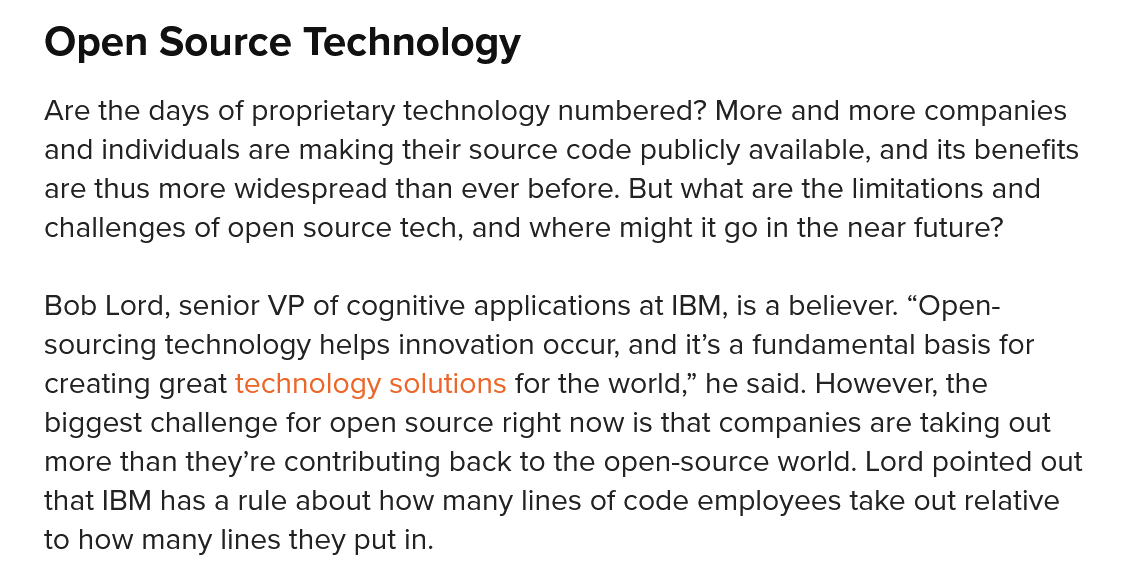
Open   Source    Technology
   Are the days of proprietary technology numbered? More and more companies
    and individuals are making their source code publicly available, and its benefits
    are thus more widespread than ever before. But what are the limitations and
    challenges of open source tech, and where might it go in the near future?
    Bob Lord, senior VP of cognitive applications at IBM, is a believer. “Open-
    sourcing technology helps innovation occur, and it’s a fundamental basis for
    creating great technology solutions for the world,” he said. However, the
    biggest challenge for open source right now is that companies are taking out
    more than they’re contributing back to the open-source world. Lord pointed out
   that IBM has a rule about how many lines of code employees take out relative
   to how many lines they put in.